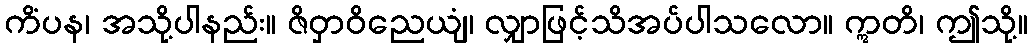
ကိံပန၊ အသို့ပါနည်း။ ဇိဝှာဝိညေယျံ၊ လျှာဖြင့်သိအပ်ပါသလော။ ဣတိ၊ ဤသို့။